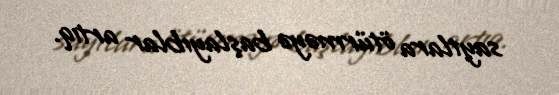
saytlara ötürməyə başlayıblar artıq.